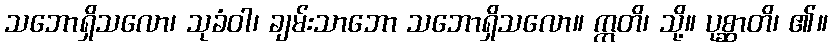
သဘောရှိသလော၊ သုခံဝါ၊ ချမ်းသာဘော သဘောရှိသလော။ ဣတိ၊ သို့။ ပုစ္ဆာတိ၊ ၏။